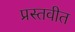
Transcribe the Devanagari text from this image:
प्रस्तवीत